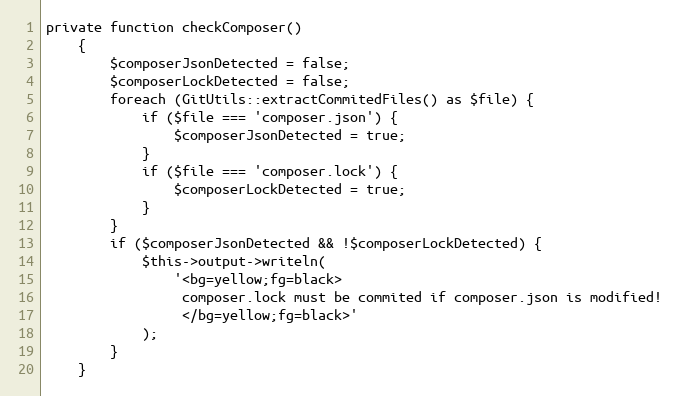
Language: PHP
private function checkComposer()
    {
        $composerJsonDetected = false;
        $composerLockDetected = false;
        foreach (GitUtils::extractCommitedFiles() as $file) {
            if ($file === 'composer.json') {
                $composerJsonDetected = true;
            }
            if ($file === 'composer.lock') {
                $composerLockDetected = true;
            }
        }
        if ($composerJsonDetected && !$composerLockDetected) {
            $this->output->writeln(
                '<bg=yellow;fg=black>
                 composer.lock must be commited if composer.json is modified!
                 </bg=yellow;fg=black>'
            );
        }
    }